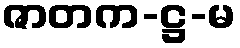
ဇာတက-ဋ္ဌ-မ